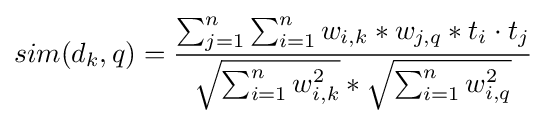
sim(d_{k},q)={\frac {\sum _{j=1}^{n}\sum _{i=1}^{n}w_{i,k}*w_{j,q}*t_{i}\cdot t_{j}}{{\sqrt {\sum _{i=1}^{n}w_{i,k}^{2}}}*{\sqrt {\sum _{i=1}^{n}w_{i,q}^{2}}}}}